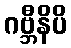
ဂဗ္ဘီနိပိ